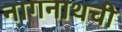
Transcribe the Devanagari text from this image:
नागनाथची